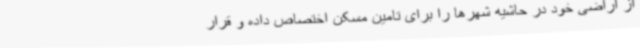
از اراضی خود در حاشیه شهرها را برای تامین مسکن اختصاص داده و قرار